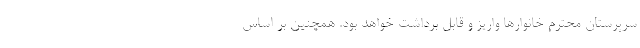
سرپرستان محترم خانوارها واریز و قابل برداشت خواهد بود. همچنین بر اساس